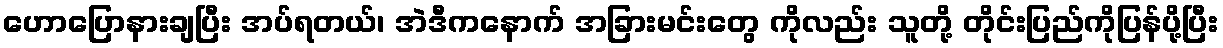
ဟောပြောနားချပြီး အပ်ရတယ်၊ အဲဒီကနောက် အခြားမင်းတွေ ကိုလည်း သူတို့ တိုင်းပြည်ကိုပြန်ပို့ပြီး